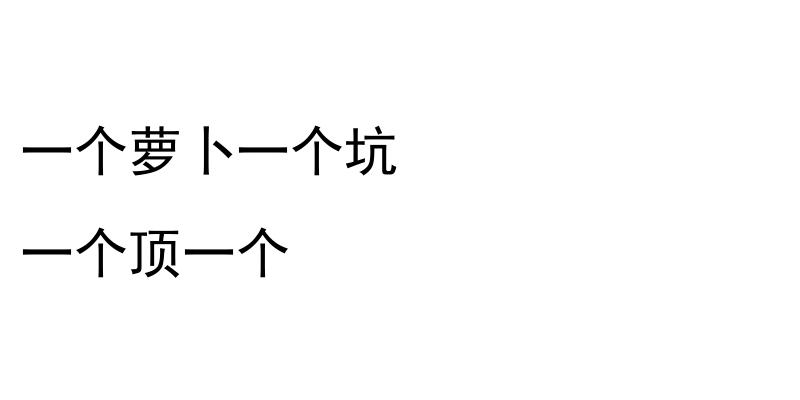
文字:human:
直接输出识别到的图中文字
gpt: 一个萝卜一个坑 一个顶一个